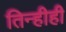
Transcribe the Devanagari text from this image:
तिन्हीही